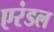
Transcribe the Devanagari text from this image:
एरंडल